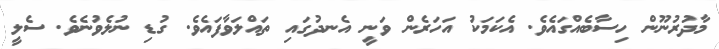
މާދުރުނޫން ހިސާބެއްގައެވެ. އެކަމަކު އަހަރެން ވަނީ އެނދުގައި ތައްލަވާފައެވެ. ގުޑި ނުލެވުނެވެ. ސެލީ